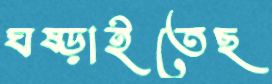
ঘষ্‌ড়াইতেছ